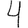
Digit: 4